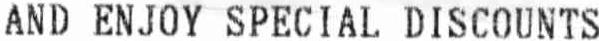
AND ENJOY SPECIAL DISCOUNTS